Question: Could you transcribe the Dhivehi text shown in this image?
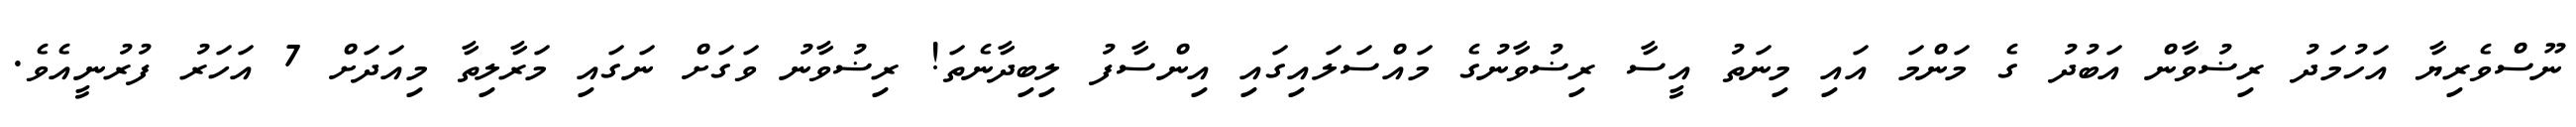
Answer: ނޫސްވެރިޔާ އަހުމަދު ރިޟުވާން އަބުދު ގެ މަންމަ އައި މިނަތު އީސާ ރިޟުވާނުގެ މައްސަލައިގައި އިންސާފު ލިބިދާނެތަ! ރިޟުވާނު ވަގަށް ނަގައި މަރާލިތާ މިއަދަށް 7 އަހަރު ފުރުނީއެވެ.